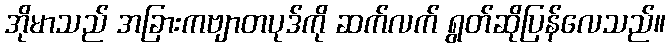
အိုမာသည် အခြားကဗျာတပုဒ်ကို ဆက်လက် ရွတ်ဆိုပြန်လေသည်။